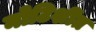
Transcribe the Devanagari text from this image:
नोटिशींत